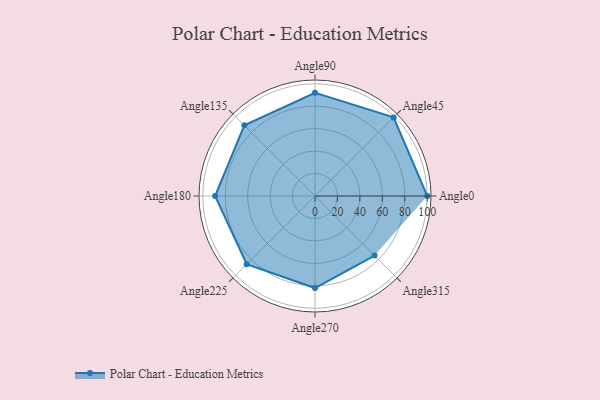
{"axis": {"x": "Angle", "y": "Radius"}, "legend": [""], "data": [{"x": "Angle0", "y": 100.0, "type": ""}, {"x": "Angle45", "y": 99.0, "type": ""}, {"x": "Angle90", "y": 92.0, "type": ""}, {"x": "Angle135", "y": 89.0, "type": ""}, {"x": "Angle180", "y": 89.0, "type": ""}, {"x": "Angle225", "y": 86.0, "type": ""}, {"x": "Angle270", "y": 82.0, "type": ""}, {"x": "Angle315", "y": 75.0, "type": ""}]}